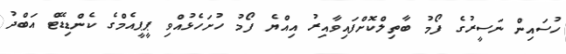
ހުސައިން ނަސީރުގެ ފޯމު ބާތިލްކޮށްފައިވާއިރު އިއްޔެ ފޯމު ހުށަހެޅުއްވި ޕީޕީއެމްގެ ކެންޑިޑޭޓް އަބްދު